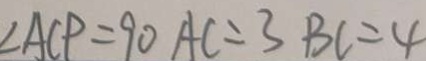
\angle A C P = 9 0 A C = 3 B C = 4